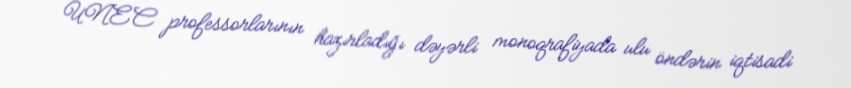
UNEC professorlarının hazırladığı dəyərli monoqrafiyada ulu öndərin iqtisadi